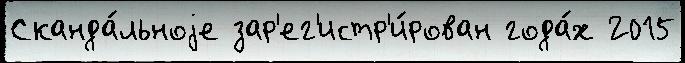
Сканда́льноjе зар'ег'истр'и́рован года́х 2015